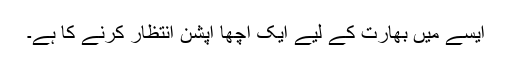
ایسے میں بھارت کے لیے ایک اچھا آپشن انتظار کرنے کا ہے۔